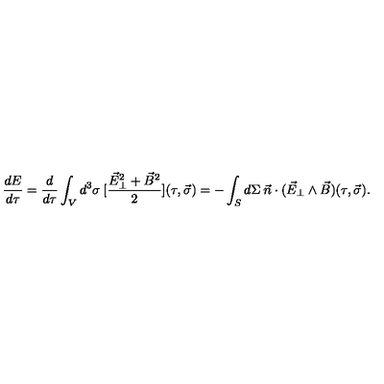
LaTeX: \frac { d E } { d \tau } = \frac { d } { d \tau } \int _ { V } d ^ { 3 } \sigma \: [ \frac { \vec { E } _ { \perp } ^ { 2 } + \vec { B } ^ { 2 } } { 2 } ] ( \tau , \vec { \sigma } ) = - \int _ { S } d \Sigma \: \vec { n } \cdot ( \vec { E } _ { \perp } \wedge \vec { B } ) ( \tau , \vec { \sigma } ) .